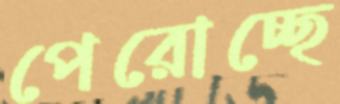
পেরোচ্ছে